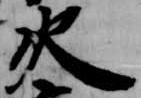
火